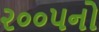
૨૦૦૫નો